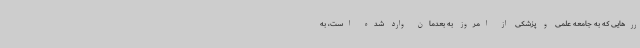
ررهایی که به جامعه علمی و پزشکی از امروز به بعدمان وارد شده است، به